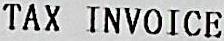
TAX INVOICE